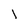
Character: l